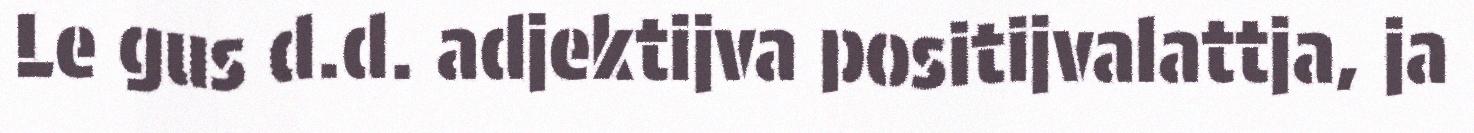
Le gus d.d. adjektijva positijvalattja, ja